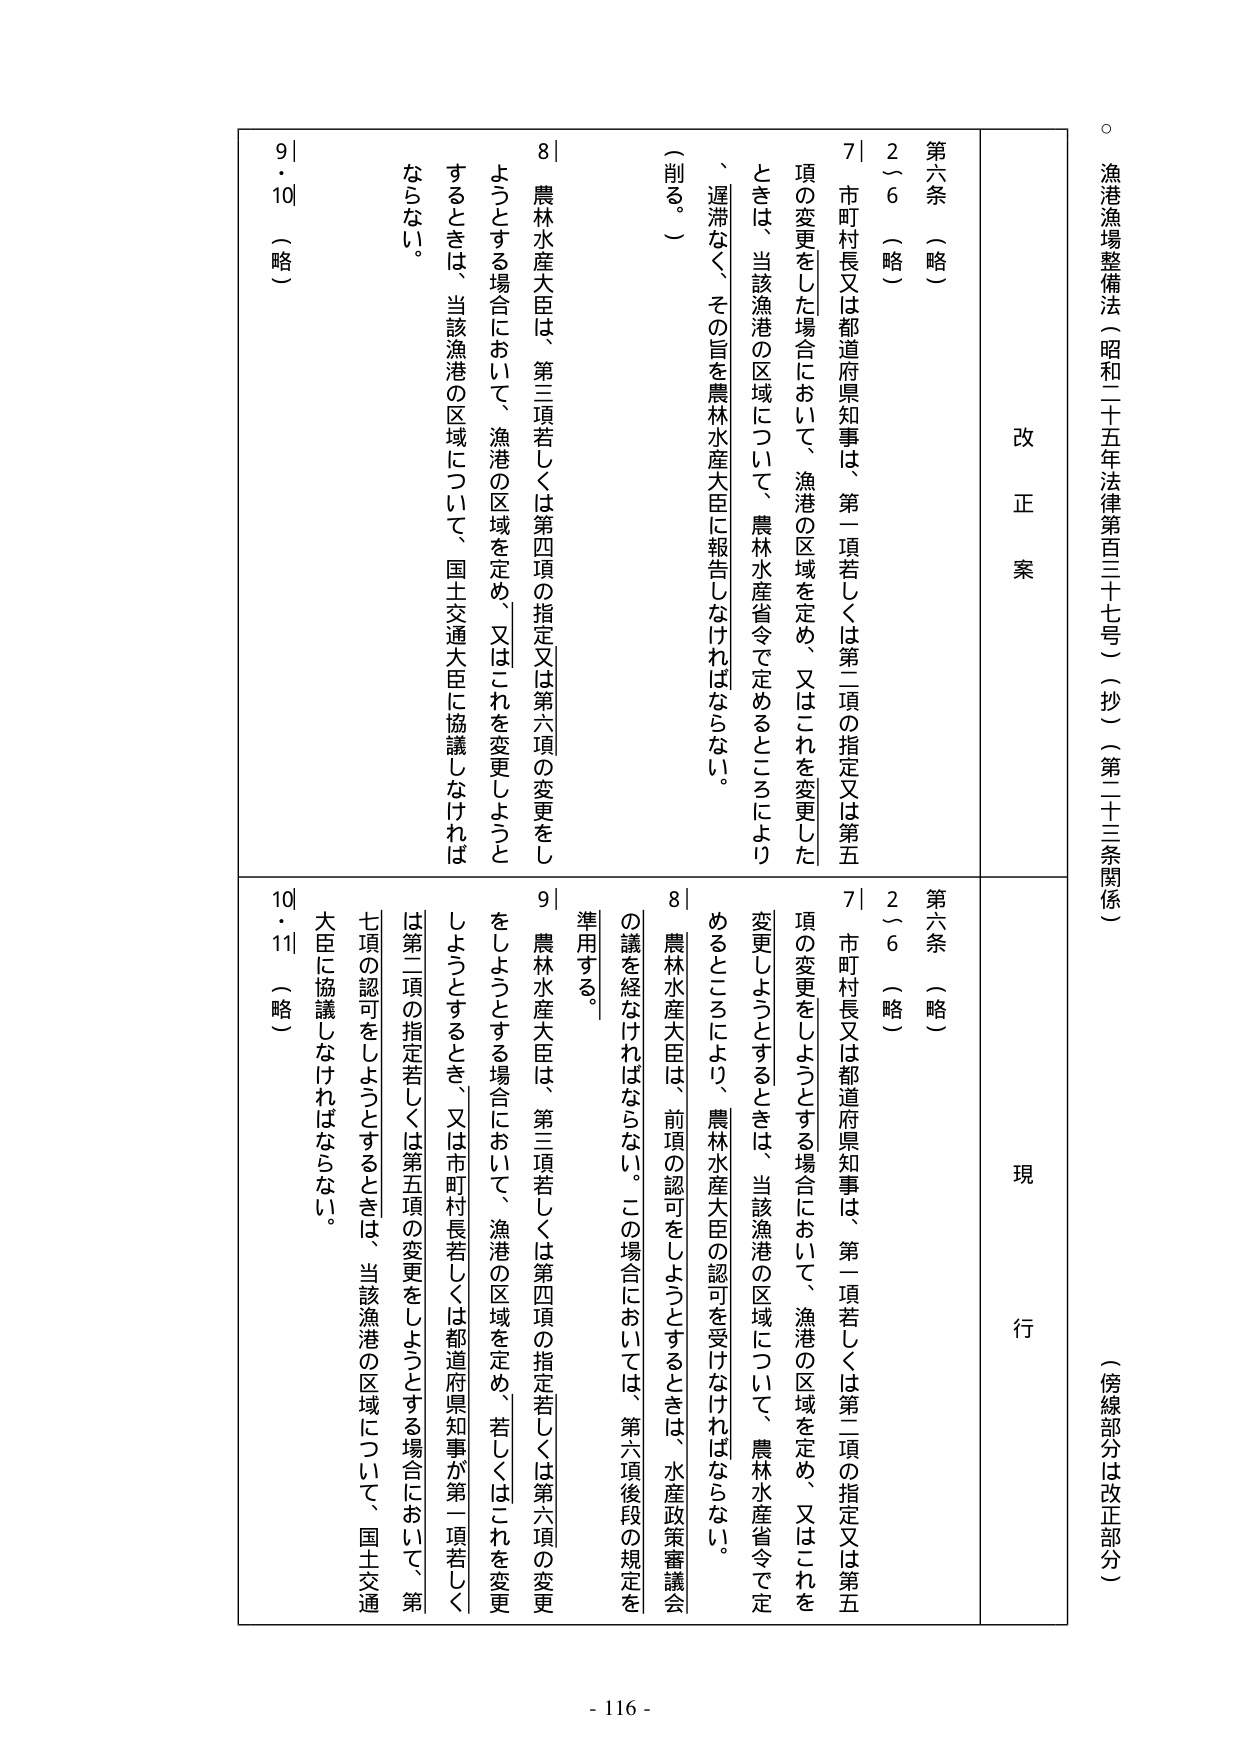
漁港漁場整備法（昭和二十五年法律第百三十七号）（抄）（第二十三条関係）
（傍線部分は改正部分）

改正案
現行

第六条 （略）
２～６ （略）
７ 市町村長又は都道府県知事は、第一項若しくは第二項の指定又は第五項の変更をした場合において、漁港の区域を定め、又はこれを変更したときは、当該漁港の区域について、農林水産省令で定めるところにより、遅滞なく、その旨を農林水産大臣に報告しなければならない。
（削る。）
８ 農林水産大臣は、第三項若しくは第四項の指定又は第六項の変更をしようとする場合において、漁港の区域を定め、又はこれを変更しようとするときは、当該漁港の区域について、国土交通大臣に協議しなければならない。
９・10 （略）

第六条 （略）
２～６ （略）
７ 市町村長又は都道府県知事は、第一項若しくは第二項の指定又は第五項の変更をしようとする場合において、漁港の区域を定め、又はこれを変更しようとするときは、当該漁港の区域について、農林水産省令で定めるところにより、農林水産大臣の認可を受けなければならない。
８ 農林水産大臣は、前項の認可をしようとするときは、水産政策審議会の議を経なければならない。この場合においては、第六項後段の規定を準用する。
９ 農林水産大臣は、第三項若しくは第四項の指定若しくは第六項の変更をしようとする場合において、漁港の区域を定め、若しくはこれを変更しようとするとき、又は市町村長若しくは都道府県知事が第一項若しくは第二項の指定若しくは第五項の変更をしようとする場合において、第七項の認可をしようとするときは、当該漁港の区域について、国土交通大臣に協議しなければならない。
10・11 （略）

- 116 -